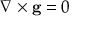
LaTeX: \nabla \times \mathbf { g } = 0